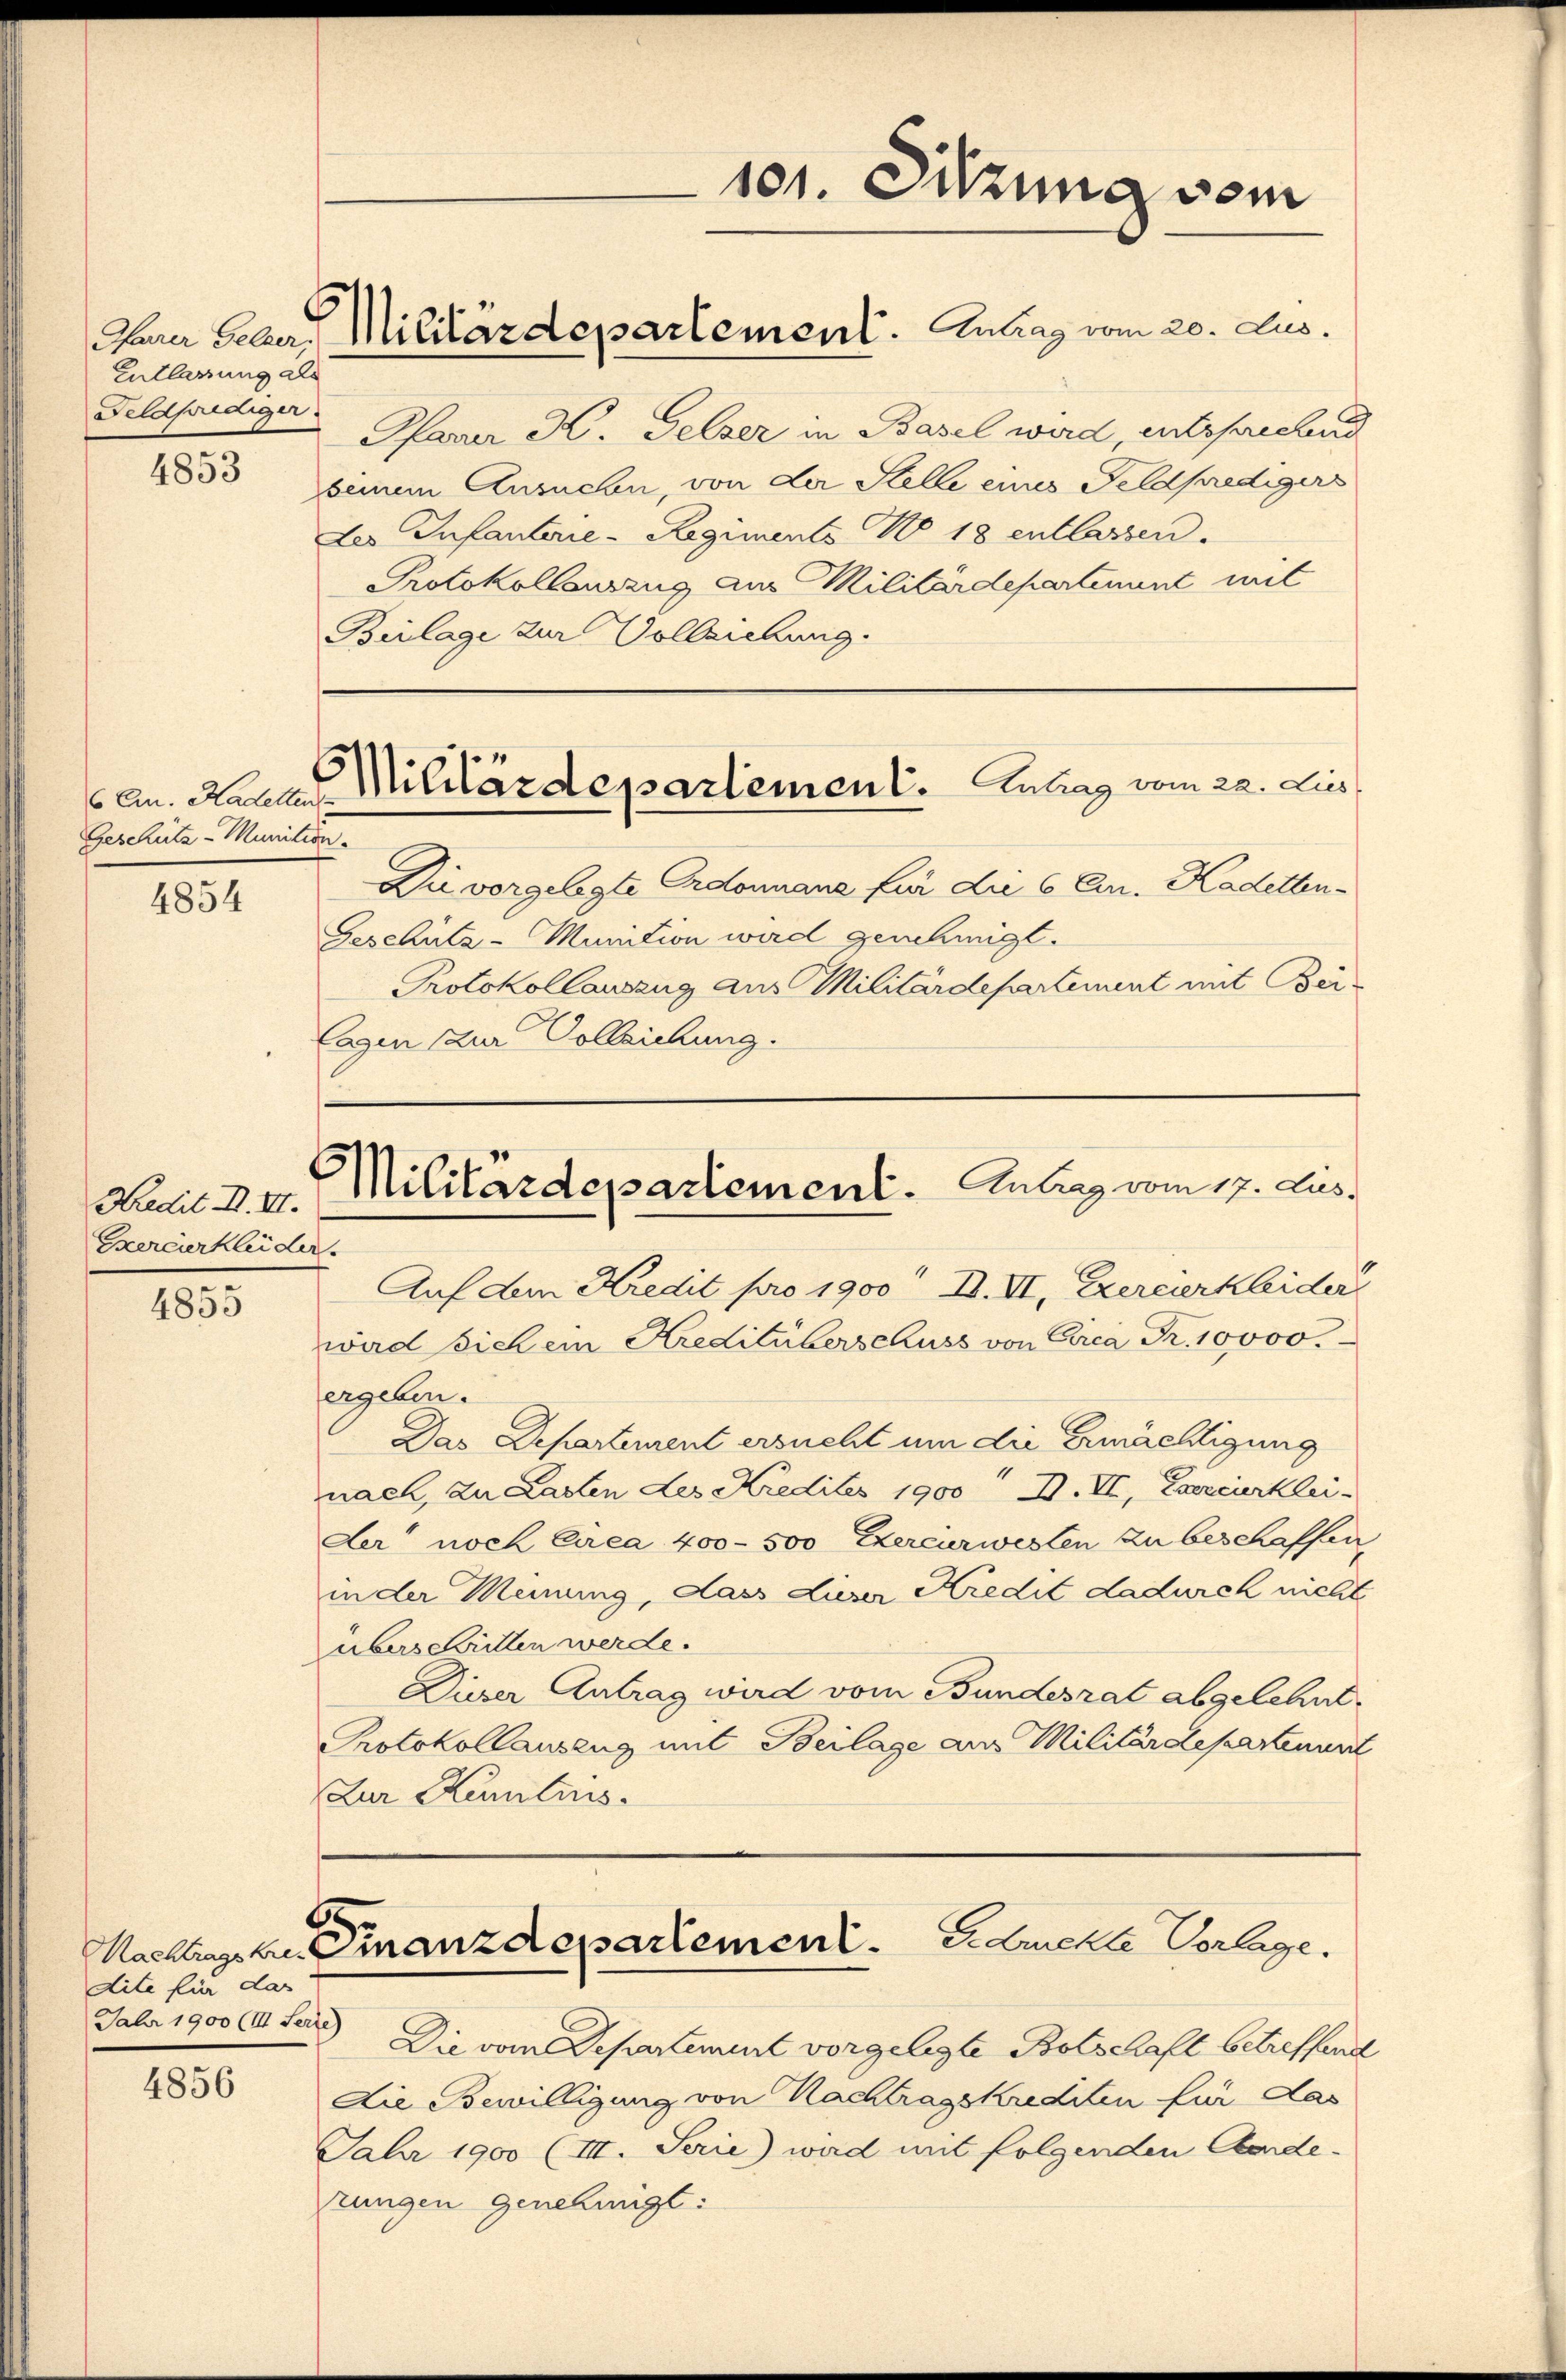
Entlassung als
Feldprediger.
4853

6 Crn. Kadetten
Geschütz - Munition.

4854

Kredit II. VII.
Exercierkleider

4855

dite für das
Faber 1900 (III. Serie)

4856

Pfarr K. Gelzer in Basel wird entsprechend
seinem Ansuchen, von der Stelle eines Feldpredigers
des Infanterie-Regiments No. 18 entlassen.
Protokollauszug aus Militärdepartement mit
Beilage zur Vollziehung.

Die vorgelegte Ordonnane für die 6 Fr. Kadetten-
Geschütz - Munition wird genehmigt.
Protokollauszug aus Militärdepartement mit Bei¬
Cagen zur Vollziehung.

s
Militärdepartement. Antrag vom 22. Lies,

Ihrer Geber, Militärdepartement. Antrag vom 20. Aus

101. Sitzung vom

6
Militärdepartement. Antrag vom 17. Jus

6
Machtragskr. Emanzdepartement. Er druckte Vorlage.

Auf dem Kredit pro 1900 II. VI, Exercier kleider
wird sich ein Kreditüberschuss von Circa Fr. 10000.
ergeben.
Das Departement ersucht um die Ermächtigung
nach, zu Lasten des Kredites 1900               7, Exercierklei
der noch Circa 400 - 500 Exercurwesten zu beschaffen
in der Meinung, dass dieser Kredit dadurch nicht
überschritten werde.
Dieser Antrag wird vom Bundesrat abgelehnt.
Protokollauseng mit Beilage aus Militärdepartenunt
ur Kenntnis

Die vom Departement vorgelegte Botschaft betreffend
Die Bewilligung von Nachtragskrediten für das
Jahr 1900 (III. Serie) wird mit folgenden Abende-
rungen genehmigt: